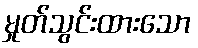
မှုတ်သွင်းထားသော